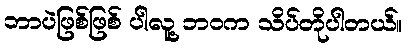
ဘာပဲဖြစ်ဖြစ် ပါလူ့ ဘဝက သိပ်တိုပါတယ်။